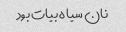
نان سیاه بیات بود